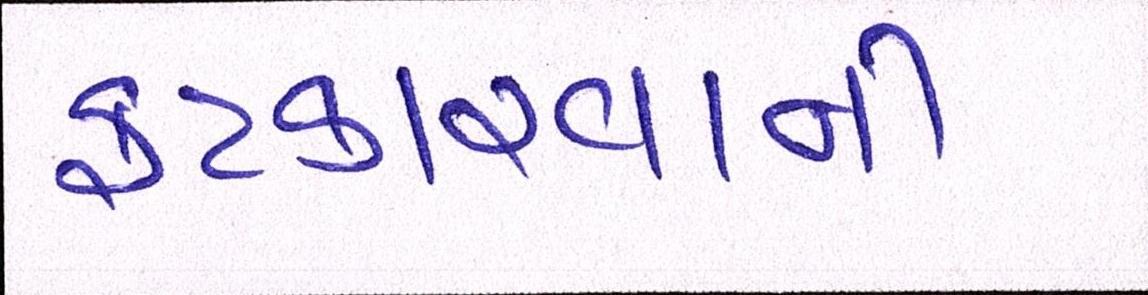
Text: ફટકારવાની